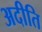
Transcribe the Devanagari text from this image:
अदीति